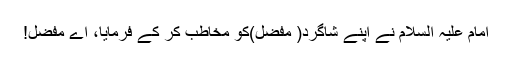
امام علیہ السلام نے اپنے شاگرد( مفضل)کو مخاطب کر کے فرمایا، اے مفضل!